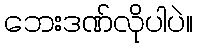
ဘေးဒဏ်လိုပါပဲ။